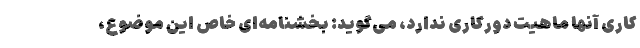
کاری آنها ماهیت دورکاری ندارد، می‌گوید: بخشنامه‌ای خاصِ این موضوع،